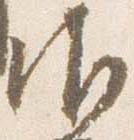
御